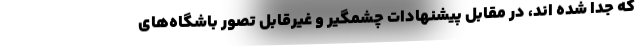
که جدا شده اند، در مقابل پیشنهادات چشمگیر و غیرقابل تصور باشگاه‌های